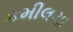
કમીલયા